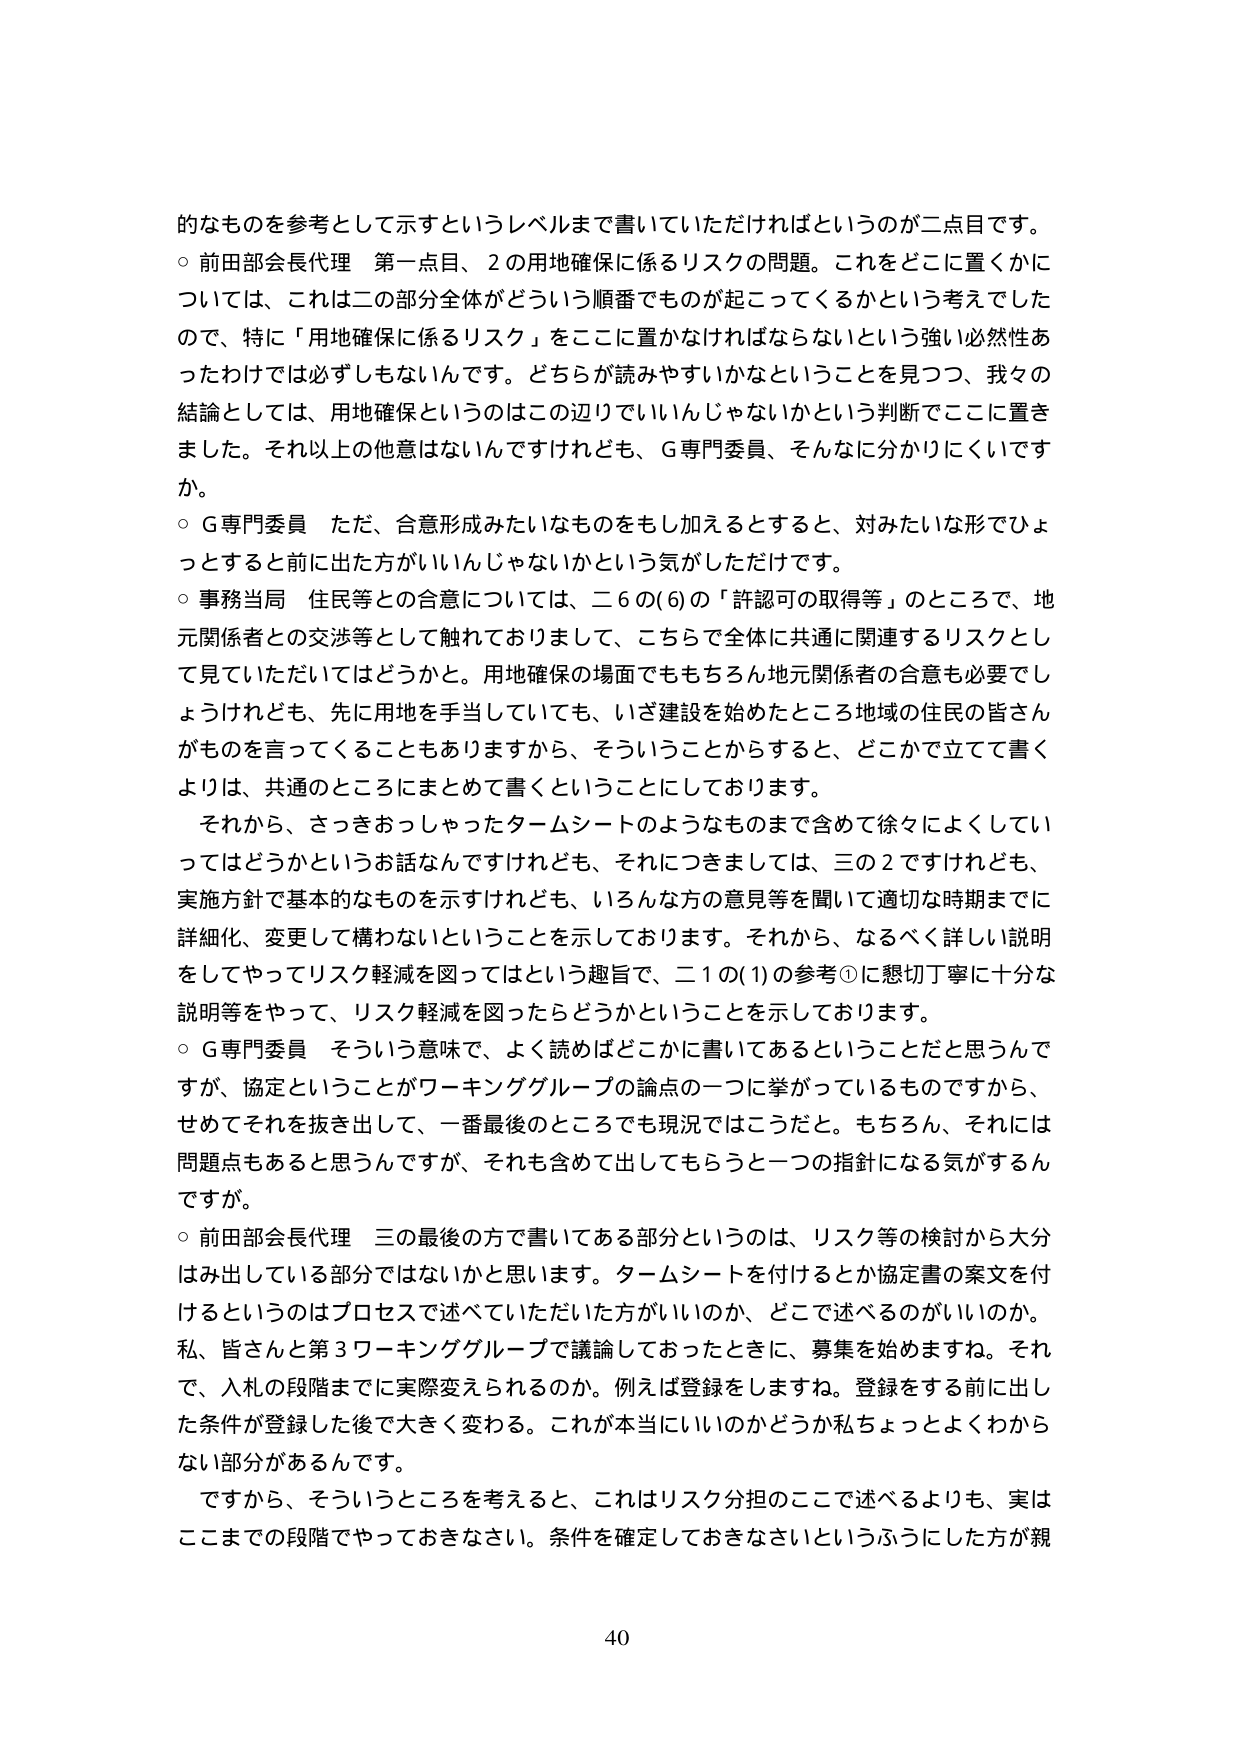
的なものを参考として示すというレベルまで書いていただければというのが二点目です。
○ 前田部会長代理 第一点目、2の用地確保に係るリスクの問題。これをどこに置くかについては、これは二の部分全体がどういう順番でものが起こってくるかという考えでしたので、特に「用地確保に係るリスク」をここに置かなければならないという強い必然性あったわけでは必ずしもないんです。どちらが読みやすいかなということを見つつ、我々の結論としては、用地確保というのはこの辺りでいいんじゃないかという判断でここに置きました。それ以上の他意はないんですけれども、G専門委員、そんなに分かりにくいですか。
○ G専門委員 ただ、合意形成みたいなものをもし加えるとすると、対みたいな形でひょっとすると前に出た方がいいんじゃないかなという気がしただけです。
○ 事務当局 住民等との合意については、二6の(6)の「許認可の取得等」のところで、地元関係者との交渉等として触れておりまして、こちらで全体に共通に関連するリスクとして見ていただいてはどうかと。用地確保の場面でももちろん地元関係者の合意も必要でしょうけれども、先に用地を手当していても、いざ建設を始めたところ地域の住民の皆さんがものを言ってくることもありますから、そういうことからすると、どこかで立てて書くよりは、共通のところにまとめて書くということにしております。
それから、さっきおっしゃったタームシートのようなものまで含めて徐々によくしていってはどうかというお話なんですけれども、それにつきましては、三の2ですけれども、実施方針で基本的なものを示すけれども、いろんな方の意見等を聞いて適切な時期までに詳細化、変更して構わないということを示しております。それから、なるべく詳しい説明をしてやってリスク軽減を図ってはという趣旨で、二1の(1)の参考①に懇切丁寧に十分な説明等をやって、リスク軽減を図ったらどうかということを示しております。
○ G専門委員 そういう意味で、よく読めばどこかに書いてあるということだと思うんですが、協定ということがワーキンググループの論点の一つに挙がっているものですから、せめてそれを抜き出して、一番最後のところでも現況ではこうだと。もちろん、それには問題点もあると思うんですが、それも含めて出してもらうと一つの指針になる気がするんですが。
○ 前田部会長代理 三の最後の方で書いてある部分というのは、リスク等の検討から大分はみ出している部分ではないかと思います。タームシートを付けるとか協定書の案文を付けるというのはプロセスで述べていただいた方がいいのか、どこで述べるのがいいのか。私、皆さんと第3ワーキンググループで議論しておったときに、募集を始めますね。それで、入札の段階までに実際変えられるのか。例えば登録をしますね。登録をする前に出した条件が登録した後で大きく変わる。これが本当にいいのかどうか私ちょっとよくわからない部分があるんです。
ですから、そういうところを考えると、これはリスク分担のここで述べるよりも、実はここまでの段階でやっておきなさい。条件を確定しておきなさいというふうにした方が親
40